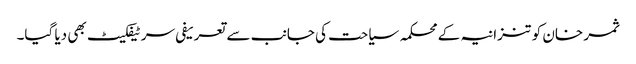
ثمر خان کو تنزانیہ کے محکمہ سیاحت کی جانب سے تعریفی سرٹیفکیٹ بھی دیا گیا۔